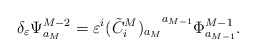
\begin{align*} \delta_\varepsilon \Psi^{M-2}_{a_M} = \varepsilon^i{(\tilde{C}^M_i)_{a_M}}^{a_{M-1}}{\Phi}^{M-1}_{a_{M-1}}.\end{align*}